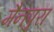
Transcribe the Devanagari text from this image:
मैनपुरा